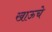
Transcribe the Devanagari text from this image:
खाऊचे